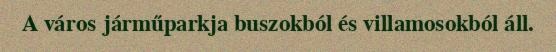
A város járműparkja buszokból és villamosokból áll.